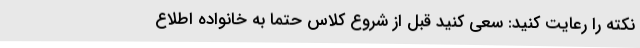
نکته را رعایت کنید: سعی کنید قبل از شروع کلاس حتما به خانواده اطلاع